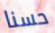
حسنا